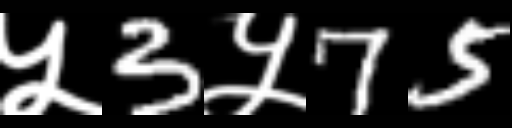
Text: ५3५75